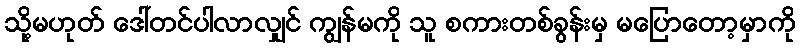
သို့မဟုတ် ဒေါ်တင်ပါလာလျှင် ကျွန်မကို သူ စကားတစ်ခွန်းမှ မပြောတော့မှာကို